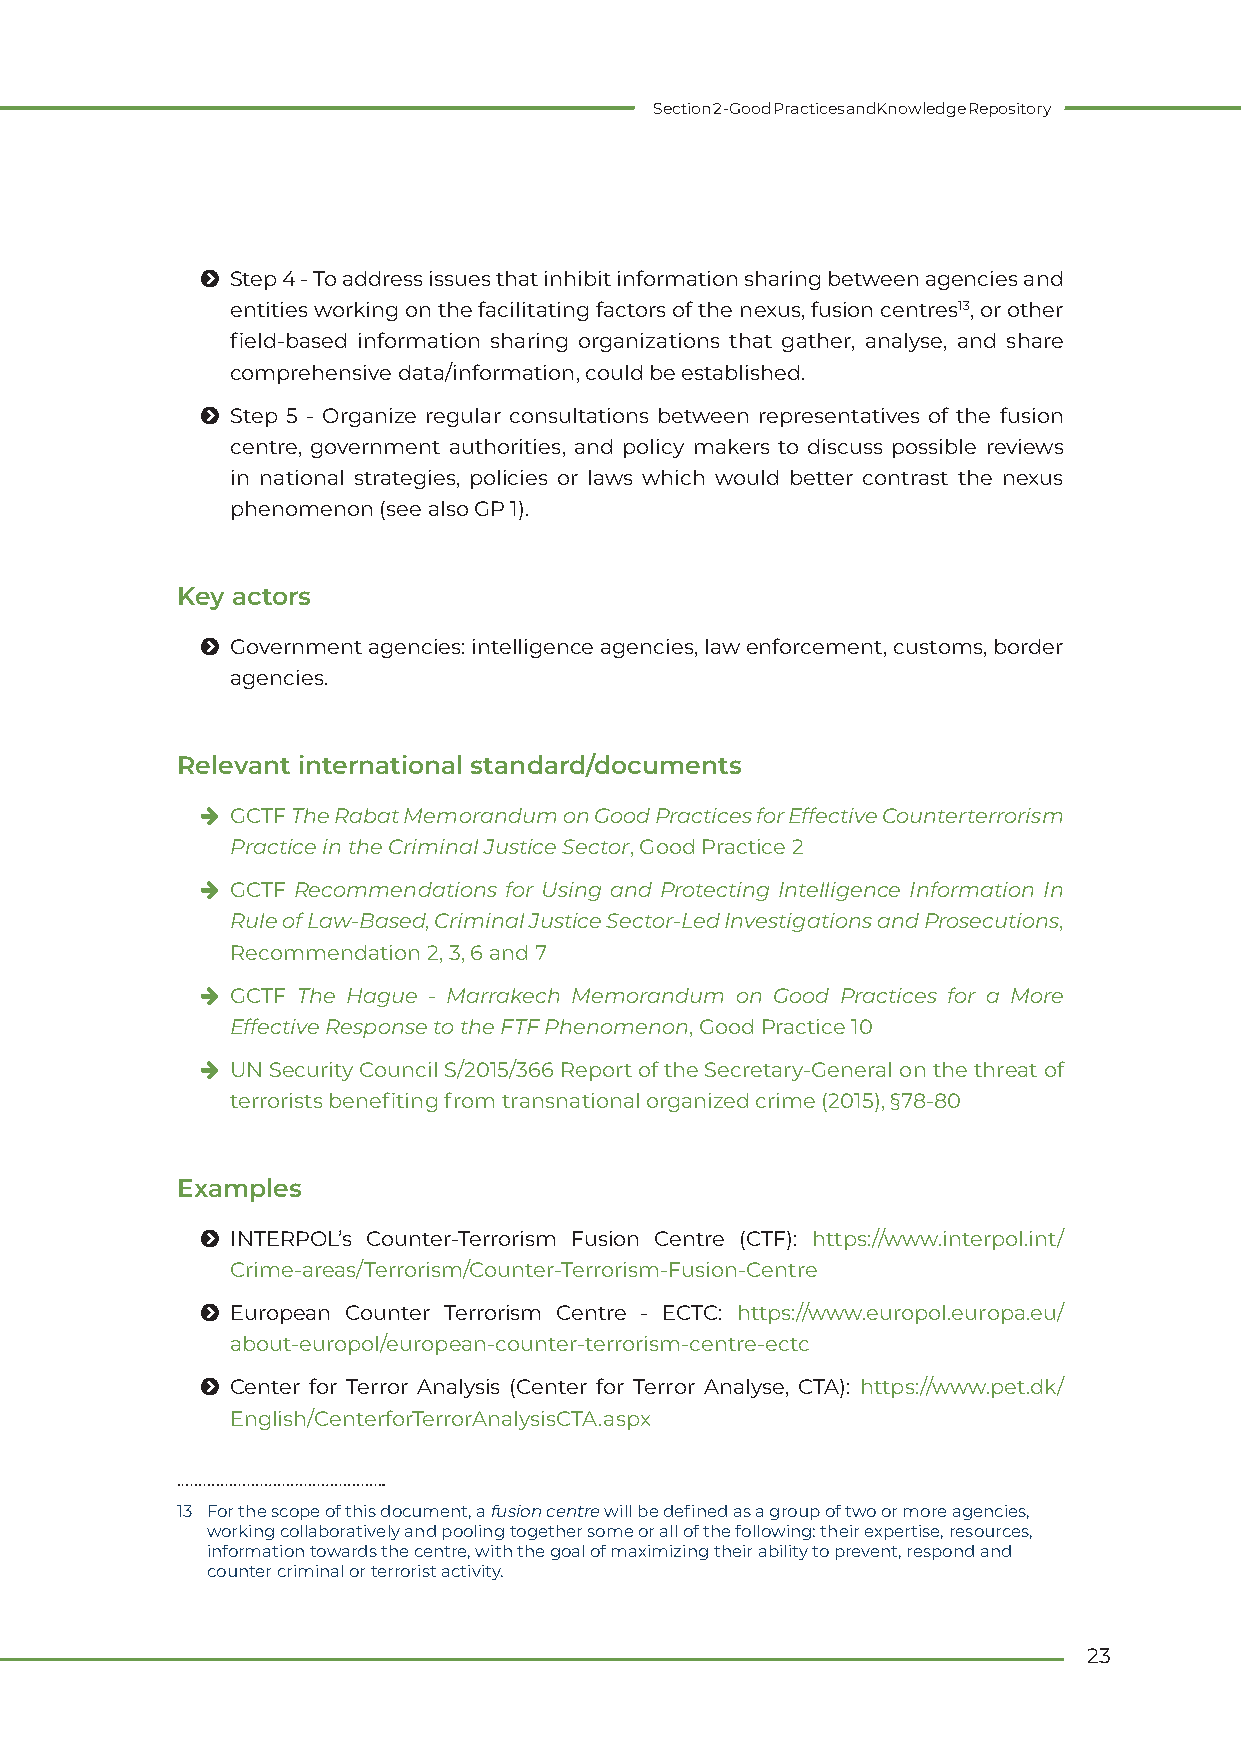
Section 2 - Good Practices and Knowledge Repository
 Ħ Step 4 - To address issues that inhibit information sharing between agencies and
 entities working on the facilitating factors of the nexus, fusion centres13, or other
 field-based information sharing organizations that gather, analyse, and share
 comprehensive data/information, could be established.
 Ħ Step 5 - Organize regular consultations between representatives of the fusion
 centre, government authorities, and policy makers to discuss possible reviews
 in national strategies, policies or laws which would better contrast the nexus
 phenomenon (see also GP 1).
 Key actors
 Ħ Government agencies: intelligence agencies, law enforcement, customs, border
 agencies.
 Relevant international standard/documents
 h GCTF The Rabat Memorandum on Good Practices for Effective Counterterrorism
 Practice in the Criminal Justice Sector, Good Practice 2
 h GCTF Recommendations for Using and Protecting Intelligence Information In
 Rule of Law-Based, Criminal Justice Sector-Led Investigations and Prosecutions,
 Recommendation 2, 3, 6 and 7
 h GCTF The Hague - Marrakech Memorandum on Good Practices for a More
 Effective Response to the FTF Phenomenon, Good Practice 10
 h UN Security Council S/2015/366 Report of the Secretary-General on the threat of
 terrorists benefiting from transnational organized crime (2015), §78-80
 Examples
 Ħ INTERPOL’s Counter-Terrorism Fusion Centre (CTF): https://www.interpol.int/
 Crime-areas/Terrorism/Counter-Terrorism-Fusion-Centre
 Ħ European Counter Terrorism Centre - ECTC: https://www.europol.europa.eu/
 about-europol/european-counter-terrorism-centre-ectc
 Ħ Center for Terror Analysis (Center for Terror Analyse, CTA): https://www.pet.dk/
 English/CenterforTerrorAnalysisCTA.aspx
 13 For the scope of this document, a fusion centre will be defined as a group of two or more agencies,
 working collaboratively and pooling together some or all of the following: their expertise, resources,
 information towards the centre, with the goal of maximizing their ability to prevent, respond and
 counter criminal or terrorist activity.
 23